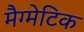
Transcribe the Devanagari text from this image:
मैग्मेटिक